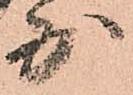
少